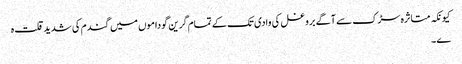
کیونکہ متاثرہ سڑک سے آگے بروغل کی وادی تک کے تمام گرین گوداموں میں گندم کی شدید قلت ہ
ے ۔